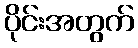
ပိုင်းအတွက်